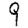
Digit: 9